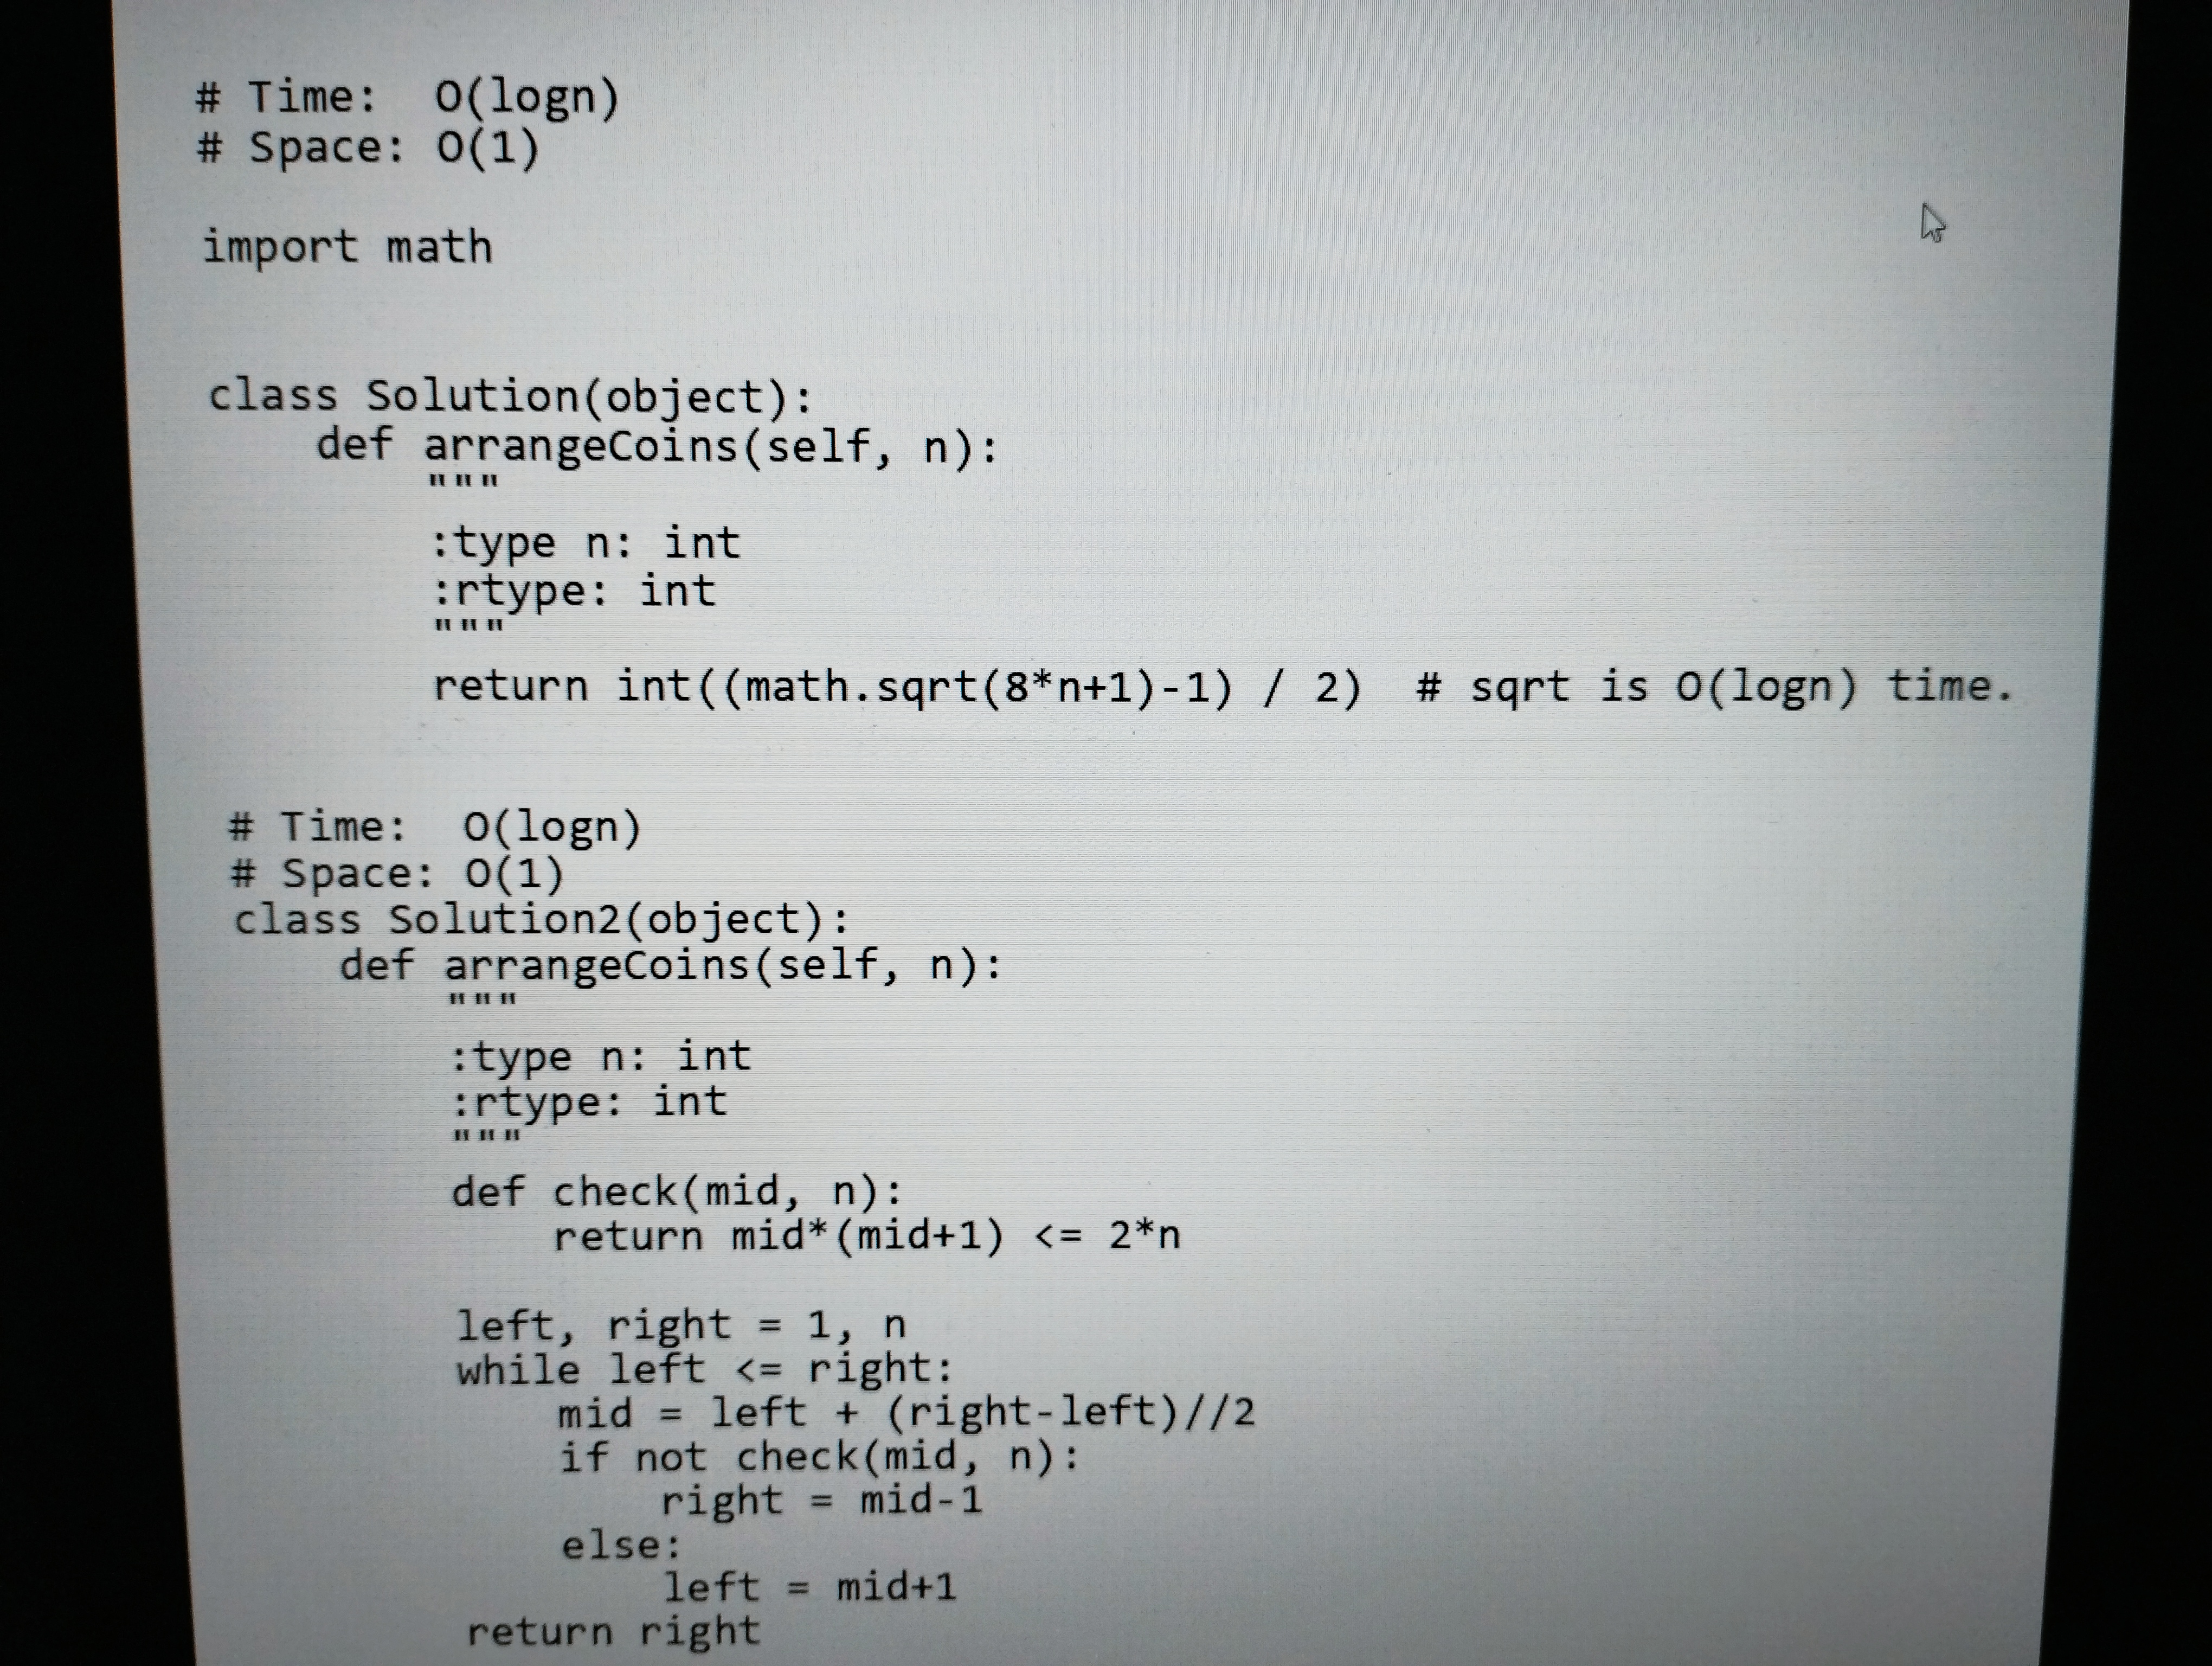
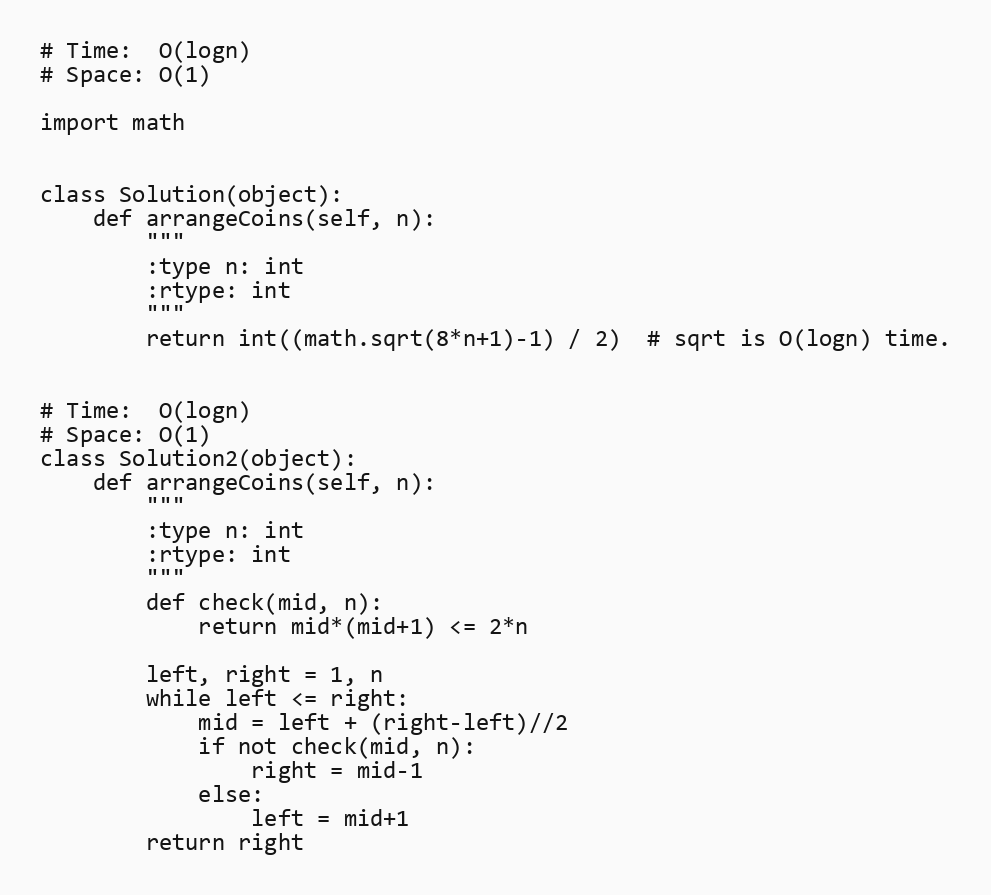
# Time:  O(logn)
# Space: O(1)

import math

class Solution(object):
    def arrangeCoins(self, n):
        """
        :type n: int
        :rtype: int
        """
        return int((math.sqrt(8*n+1)-1) / 2)  # sqrt is O(logn) time.

# Time:  O(logn)
# Space: O(1)
class Solution2(object):
    def arrangeCoins(self, n):
        """
        :type n: int
        :rtype: int
        """
        def check(mid, n):
            return mid*(mid+1) <= 2*n

        left, right = 1, n
        while left <= right:
            mid = left + (right-left)//2
            if not check(mid, n):
                right = mid-1
            else:
                left = mid+1
        return right